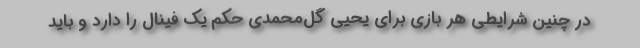
در چنین شرایطی هر بازی برای یحیی گل‌محمدی حکم یک فینال را دارد و باید